Lunatic asylums in Bengal annual reports 1899-1911 - 1899-1911
Year: 1899
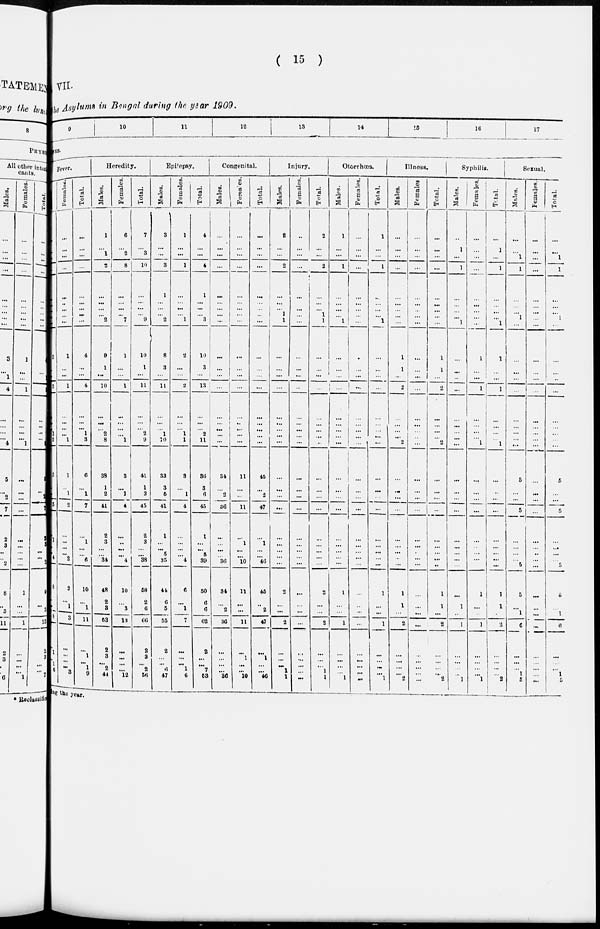
( 15 )
VII.
the Asylums in Bengal during the year 1909.
9
10
11
12
13
14
15
16
17
DISEASES.
Fever.
3
3
1
2
5
...
5
1
...
... 4
8
...
...
8
...
1
...
1
6
Females.
...
...
...
...
...
...
...
...
...
1
...
...
1
...
...
... 1
1
...
1
2
...
...
...
... 2
2
...
1
3
...
...
...
...
3
Total.
...
...
...
...
...
...
...
...
...
4
...
...
4
...
...
1
3
6
...
1
7
...
1
...
... 6
10
...
1
11
...
1
... 1
9
Heredity.
Males.
1
...
1
2
...
...
...
...
2
9
1
...
10
...
...
2
3
38
1
2
41
2
3
...
... 34
48
2
3
63
2
3
...
2
44
Females.
6
...
2
8
...
...
...
...
7
1
...
...
1
...
...
... 1
3
...
1
4
...
...
...
... 4
10
...
3
13
...
...
...
...
12
Total.
7
...
3
10
...
...
...
...
9
10
1
...
11
...
...
2
9
41
1
3
45
2
3
...
... 38
58
2
6
66
2
3
...
2
56
Epilepsy.
Males.
3
...
...
3
1
...
...
...
2
8
3
...
11
...
...
1
10
33
3
5
41
1
...
...
5
35
44
6
5
55
2
...
...
6
47
Females.
1
...
...
1
...
..
...
...
1
2
...
...
2
...
...
1
1
3
...
1
4
...
...
...
... 4
6
...
1
7
...
...
...
1
6
Total.
4
...
...
4
1
...
...
...
3
10
3
...
13
...
...
2
11
36
3
6
45
1
...
...
5
39
50
6
6
62
2
...
...
7
53
Congenital.
Males.
..
...
...
...
...
...
...
...
...
...
...
...
...
...
...
...
...
34
...
2
36
...
...
...
... 36
34
...
2
36
...
...
...
...
36
Females.
...
...
...
...
...
...
...
...
...
...
...
...
...
...
...
...
...
11
...
...
11
...
1
...
... 10
11
...
...
11
...
1
...
...
10
Total.
...
...
...
...
...
...
...
...
...
...
...
...
...
...
...
...
...
45
...
2
47
...
1
...
... 46
45
...
2
47
...
1
...
...
46
Injury.
Males.
2
...
...
2
...
...
... 1
1
...
...
...
...
...
...
...
...
...
...
...
...
...
...
...
...
...
2
...
...
2
...
...
...
1
1
Females.
...
...
...
...
...
...
...
...
...
...
...
...
...
...
...
...
...
...
...
...
...
...
...
...
... ...
...
...
...
...
...
...
...
...
...
Total.
2
...
...
2
...
...
... 1
1
...
...
...
...
...
...
...
...
...
...
...
...
...
...
...
...
...
2
...
...
2
...
...
...
1
1
Otorrhœa.
Males.
1
...
...
1
...
...
...
... 1
...
...
...
...
...
...
...
...
...
...
...
...
...
...
...
... ...
1
...
...
1
...
...
...
...
1
Females.
...
...
...
...
...
...
...
...
...
...
...
...
...
...
...
...
...
...
...
...
...
...
...
...
...
...
...
...
...
...
...
...
...
...
...
Total.
1
...
...
1
..
...
...
...
1
...
...
...
...
...
...
...
...
...
...
...
...
...
...
...
... ...
1
...
...
1
...
...
...
...
1
Illncss.
Males.
...
...
...
...
...
...
...
...
...
1
1
...
2
...
...
... 2
...
...
...
...
...
...
...
..
...
1
1
...
2
...
...
...
...
2
Females
...
...
...
...
...
...
....
...
...
...
...
...
...
...
...
...
...
...
...
...
...
...
...
...
...
...
...
...
...
...
...
...
...
...
...
Total.
...
...
...
...
...
...
...
...
...
1
1
...
2
...
...
... 2
...
...
...
...
...
...
...
...
..
1
1
...
2
...
...
...
...
2
Syphilis.
Males.
...
1
...
1
...
...
...
...
1
...
...
...
...
...
...
...
...
...
...
...
...
...
...
...
...
...
...
1
...
1
...
...
...
...
1
Females.
...
...
...
...
...
...
...
...
...
1
...
...
1
...
...
... 1
...
...
...
...
...
...
...
...
...
1
...
...
1
...
...
...
...
1
Total.
...
1
...
1
...
...
...
...
1
1
...
...
1
...
...
... 1
...
...
...
...
...
...
...
... ...
1
1
...
2
...
...
...
...
2
Sexual.
Males.
...
...
1
1
...
...
... 1
...
...
...
...
...
...
...
... ...
5
...
...
5
...
...
...
...
5
5
1
1
6
...
...
...
1
5
Females.
...
...
...
...
...
...
...
...
...
...
...
...
...
...
...
...
... ...
...
...
...
...
...
...
...
... ...
...
...
...
...
...
...
...
...
...
Total.
...
...
1
1
...
...
... 1
...
...
...
...
...
...
...
... ...
5
...
5
...
...
...
... 5
5
1
1
6
...
...
...
1
5
ing the year.